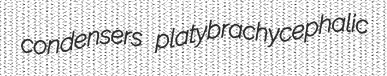
condensers platybrachycephalic